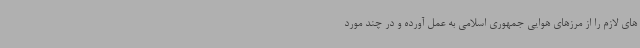
های لازم را از مرزهای هوایی جمهوری اسلامی به عمل آورده و در چند مورد